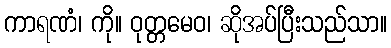
ကာရဏံ၊ ကို။ ဝုတ္တမေဝ၊ ဆိုအပ်ပြီးသည်သာ။